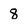
Character: 8